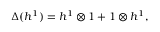
\Delta ( h ^ { 1 } ) = h ^ { 1 } \otimes 1 + 1 \otimes h ^ { 1 } ,